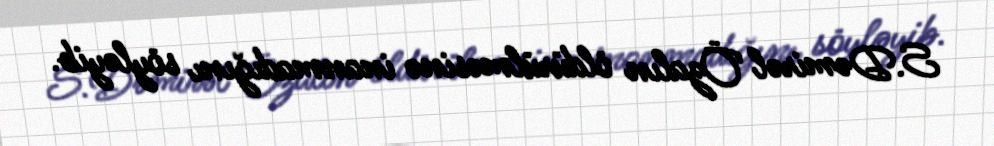
S.Dəmirəl Özalın öldürülməsinə inanmadığını söyləyib.